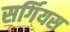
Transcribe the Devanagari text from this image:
सर्गियस